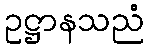
ဥဋ္ဌာနသညံ